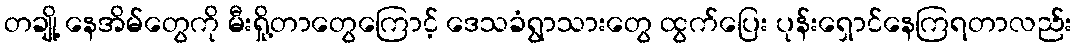
တချို့ နေအိမ်တွေကို မီးရှို့တာတွေကြောင့် ဒေသခံရွာသားတွေ ထွက်ပြေး ပုန်းရှောင်နေကြရတာလည်း